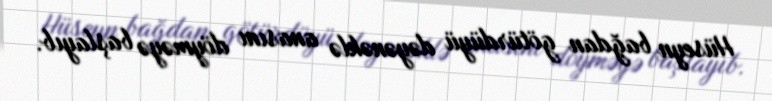
Hüseyn bağdan götürdüyü dəyənəklə anasını döyməyə başlayıb.